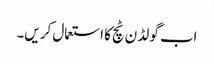
اب گو لڈ ن ٹچ کا استعمال کر یں۔